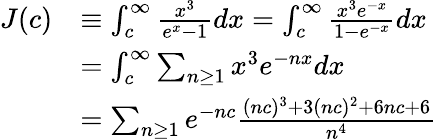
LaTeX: {\begin{array}{rl}{J(c)}&{\equiv\int_{c}^{\infty}{\frac{x^{3}}{e^{x}-1}}dx=\int_{c}^{\infty}{\frac{x^{3}e^{-x}}{1-e^{-x}}}dx}\\ &{=\int_{c}^{\infty}\sum_{n\geq 1}x^{3}e^{-nx}dx}\\ &{=\sum_{n\geq 1}e^{-nc}{\frac{(nc)^{3}+3(nc)^{2}+6nc+6}{n^{4}}}}\end{array}}